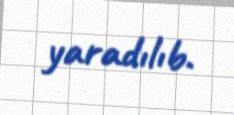
yaradılıb.